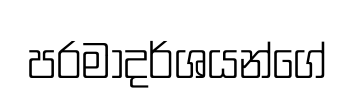
පරමාදර්ශයන්ගේ